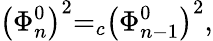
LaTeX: \left(\Phi_{n}^{0}\right)^{2}{=}_{c}\left(\Phi_{n-1}^{0}\right)^{2},